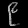
Digit: ၉